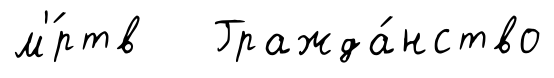
м'́ртв Гражда́нство